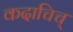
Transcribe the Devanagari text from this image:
कदाचिच्